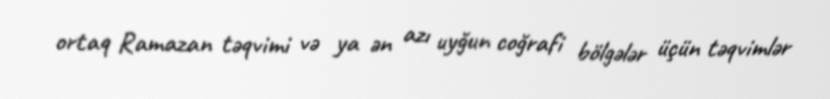
ortaq Ramazan təqvimi və ya ən azı uyğun coğrafi bölgələr üçün təqvimlər